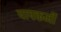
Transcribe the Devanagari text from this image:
पापकर्मी